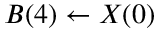
B ( 4 ) \leftarrow X ( 0 )